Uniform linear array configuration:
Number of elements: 64
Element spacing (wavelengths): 1
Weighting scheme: exponential
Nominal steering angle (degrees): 0
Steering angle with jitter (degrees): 0.36
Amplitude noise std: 0.05
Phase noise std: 0.05

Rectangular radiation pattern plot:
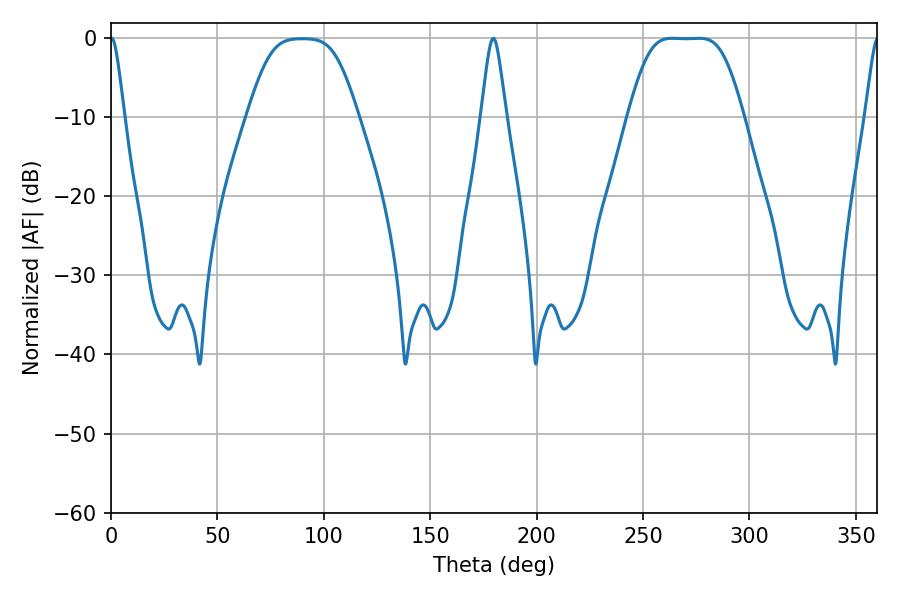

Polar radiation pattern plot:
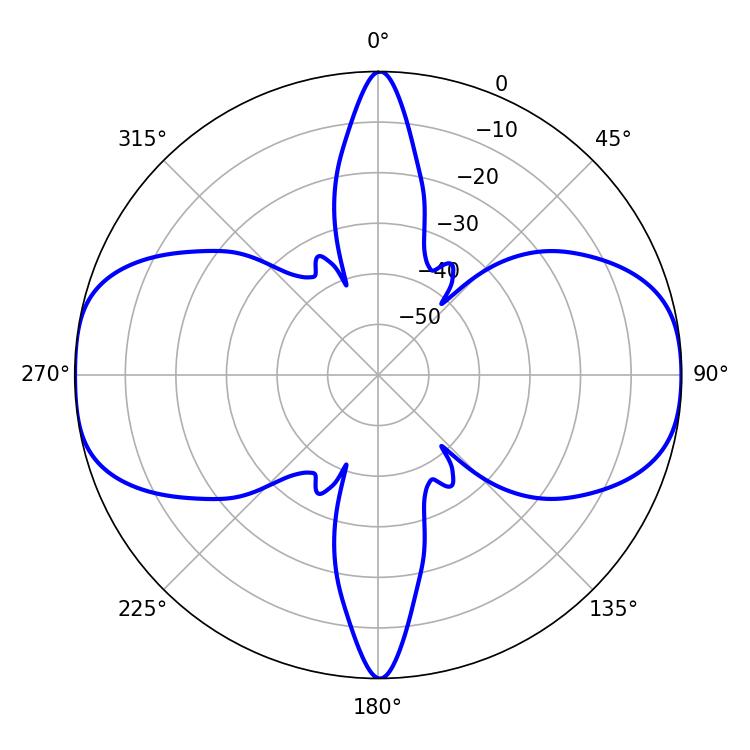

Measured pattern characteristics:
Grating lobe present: TRUE
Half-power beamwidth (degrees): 38.52
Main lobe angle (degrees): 263.7